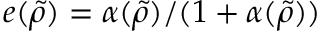
e ( \tilde { \rho } ) = \alpha ( \tilde { \rho } ) / ( 1 + \alpha ( \tilde { \rho } ) )